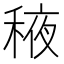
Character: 𬓰